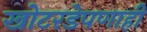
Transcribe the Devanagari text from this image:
खोटरडेपणाही